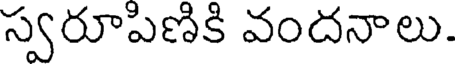
స్వరూపిణికి వందనాలు.